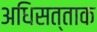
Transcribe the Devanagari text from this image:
अधिसत्ताक